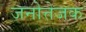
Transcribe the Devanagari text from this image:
जनोत्तेजक